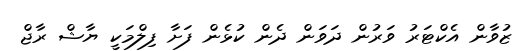
ޒުވާން އެކްޓަރު ވަރުން ދަވަން ދެން ކުޅެން ފަށާ ފިލްމަކީ ޔާޝް ރާޖް